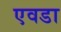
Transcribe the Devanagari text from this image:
एवडा